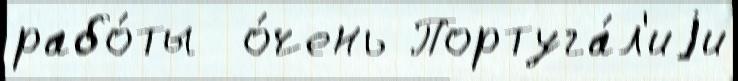
рабо́ты  о́чень Португа́л'иjи